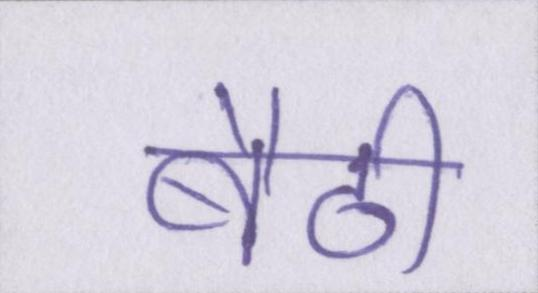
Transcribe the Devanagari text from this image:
बैठी